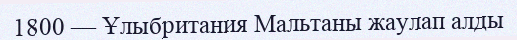
1800 — Ұлыбритания Мальтаны жаулап алды